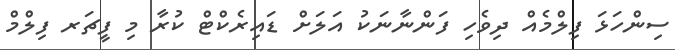
ސިންހަޅަ ފިލްމެއް ދިވެހި ފަންނާނަކު އަލަށް ޑައިރެކްޓް ކުރާ މި ފީޗަރ ފިލްމް